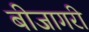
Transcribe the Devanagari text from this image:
बीजागरी